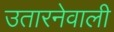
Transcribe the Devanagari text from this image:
उतारनेवाली